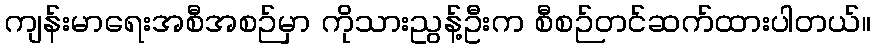
ကျန်းမာရေးအစီအစဉ်မှာ ကိုသားညွန့်ဦးက စီစဉ်တင်ဆက်ထားပါတယ်။